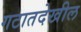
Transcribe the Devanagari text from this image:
गटातदेखील